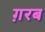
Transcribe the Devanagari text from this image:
ग़रब